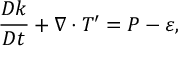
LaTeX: { \frac { D k } { D t } } + \nabla \cdot T ^ { \prime } = P - \varepsilon ,